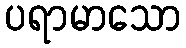
ပရာမာသော